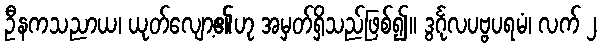
ဦနကသညာယ၊ ယုတ်လျော့၏ဟု အမှတ်ရှိသည်ဖြစ်၍။ ဒွင်္ဂုလပဗ္ဗပရမံ၊ လက် ၂